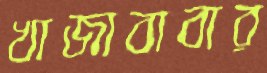
খাজাবাবার